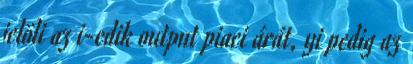
jelöli az i-edik output piaci árát, yi pedig az